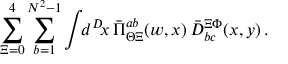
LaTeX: \sum _ { \Xi = 0 } ^ { 4 } \sum _ { b = 1 } ^ { N ^ { 2 } - 1 } \int \! \! d ^ { D } \! x \, \bar { \Pi } _ { \Theta \Xi } ^ { a b } ( w , x ) \, \bar { D } _ { b c } ^ { \Xi \Phi } ( x , y ) \, .